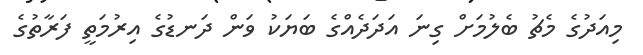
މިއަދުގެ މެޗު ބެލުމަށް ގިނަ އަދަދެއްގެ ބަޔަކު ވަން ދަނޑުގެ އިރުމަތީ ފަރާތުގެ